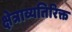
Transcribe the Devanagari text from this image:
क्षेत्राव्यतिरिक्त